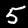
Digit: 5